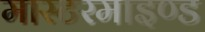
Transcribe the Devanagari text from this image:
मास्टरमाइण्ड